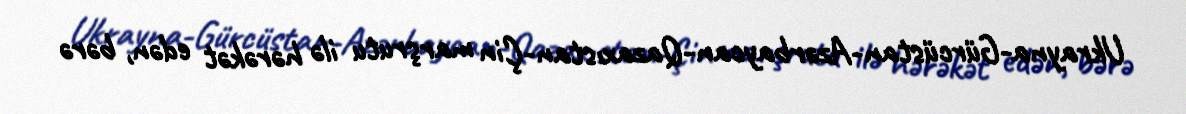
Ukrayna-Gürcüstan-Azərbaycan-Qazaxıstan-Çin marşrutu ilə hərəkət edən, bərə